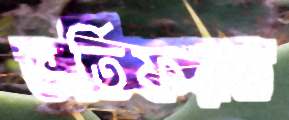
ভর্তিফরম